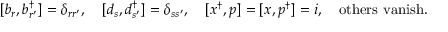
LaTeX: [ b _ { r } , b _ { r ^ { \prime } } ^ { \dagger } ] = \delta _ { r r ^ { \prime } } , ~ ~ ~ [ d _ { s } , d _ { s ^ { \prime } } ^ { \dagger } ] = \delta _ { s s ^ { \prime } } , ~ ~ ~ [ x ^ { \dagger } , p ] = [ x , p ^ { \dagger } ] = i , ~ ~ ~ \mathrm { o t h e r s ~ v a n i s h } .